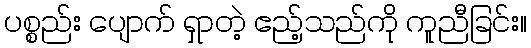
ပစ္စည်း ပျောက် ရှာတဲ့ ဧည့်သည်ကို ကူညီခြင်း။